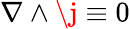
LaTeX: \nabla\wedge\j\equiv 0